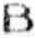
B